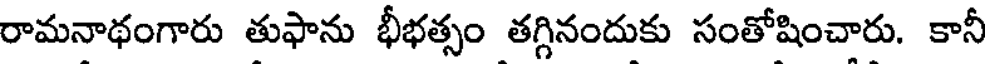
రామనాథంగారు తుఫాను భీభత్సం తగ్గినందుకు సంతోషించారు. కానీ